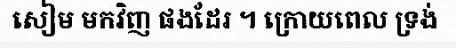
សៀម មកវិញ ផងដែរ ។ ក្រោយពេល ទ្រង់